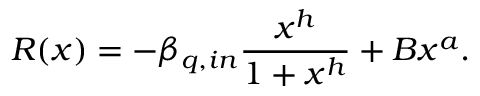
R ( x ) = - \beta _ { q , i n } \frac { x ^ { h } } { 1 + x ^ { h } } + B x ^ { a } .